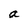
Character: a